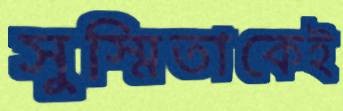
সুস্মিতাকেই